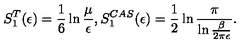
S _ { 1 } ^ { T } ( \epsilon ) = \frac 1 6 \ln { \frac { \mu } { \epsilon } } , S _ { 1 } ^ { C A S } ( \epsilon ) = \frac 1 2 \ln { \frac { \pi } { \ln { \frac { \beta } { 2 \pi \epsilon } } } } .